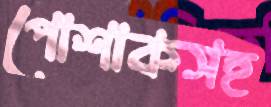
পোশাকসহ